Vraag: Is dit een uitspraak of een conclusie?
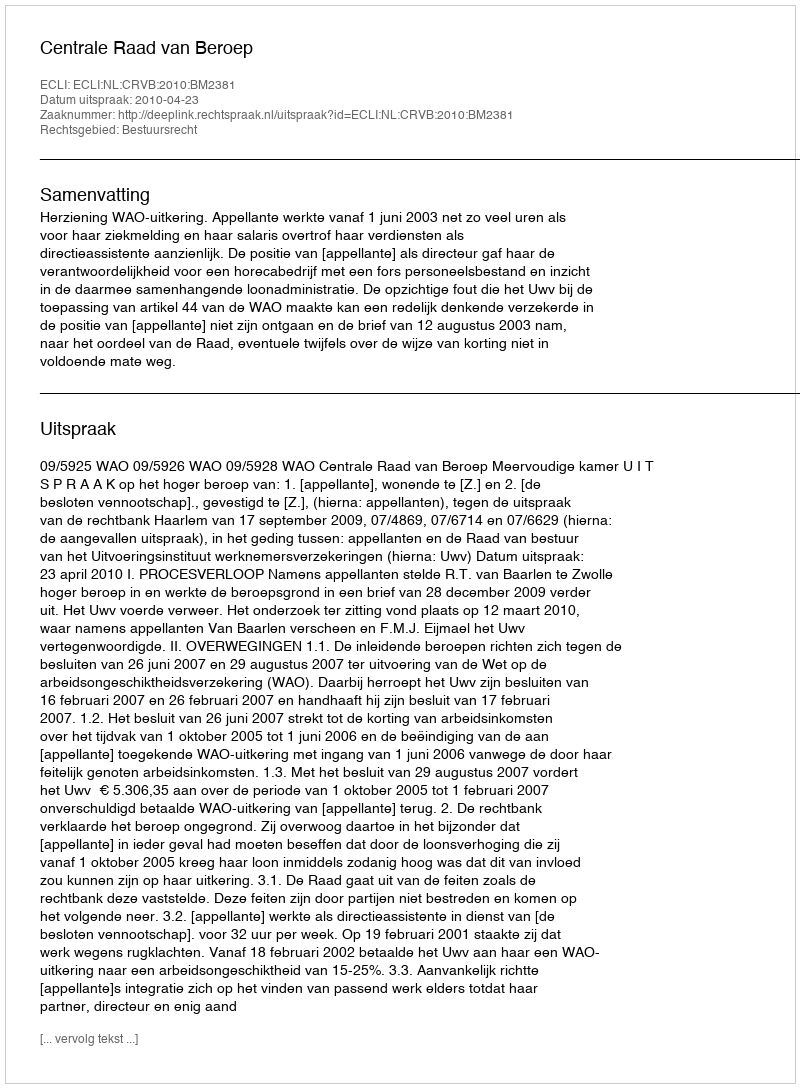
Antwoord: Uitspraak